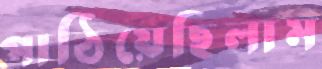
পাঠিয়েছিলাম